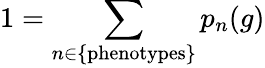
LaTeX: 1=\sum_{n\in\mathrm{\{ phenotypes\} }}p_{n}(g)